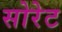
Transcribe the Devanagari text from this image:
सोरेट